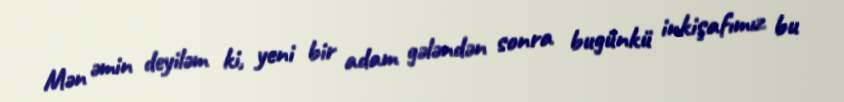
Mən əmin deyiləm ki, yeni bir adam gələndən sonra bugünkü inkişafımız bu